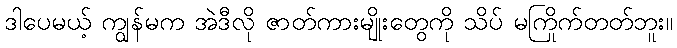
ဒါပေမယ့် ကျွန်မက အဲဒီလို ဇာတ်ကားမျိုးတွေကို သိပ် မကြိုက်တတ်ဘူး။